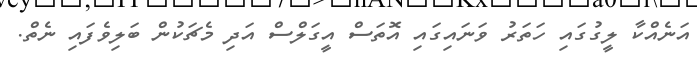
އަނެއްކާ ލީގުގައި ހަތަރު ވަނައިގައި އޮތަސް އީގަލްސް އަދި މެޗަކުން ބަލިވެފައި ނެތް.